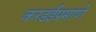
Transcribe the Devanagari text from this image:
करडईप्रमाणे